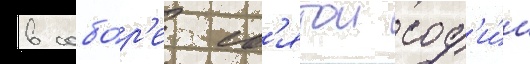
в собо́р'е св'ятои соф'и́и